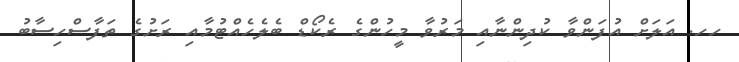
ހހ. އަލަށް އުފަންވާ ކުދިންނާއި މަރުވާ މީހުންގެ ރެކޯޑް ބެލެހެއްޓުމާއި ރަށުގެ ތަފާސްހިސާބު